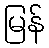
မြန်